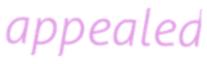
appealed